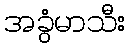
အခွံမာသီး